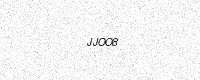
Text: JJOO8